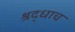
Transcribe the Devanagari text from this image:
श्रद्धाच